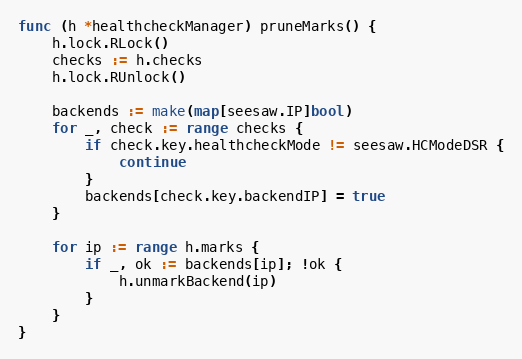
Language: Go
func (h *healthcheckManager) pruneMarks() {
	h.lock.RLock()
	checks := h.checks
	h.lock.RUnlock()

	backends := make(map[seesaw.IP]bool)
	for _, check := range checks {
		if check.key.healthcheckMode != seesaw.HCModeDSR {
			continue
		}
		backends[check.key.backendIP] = true
	}

	for ip := range h.marks {
		if _, ok := backends[ip]; !ok {
			h.unmarkBackend(ip)
		}
	}
}